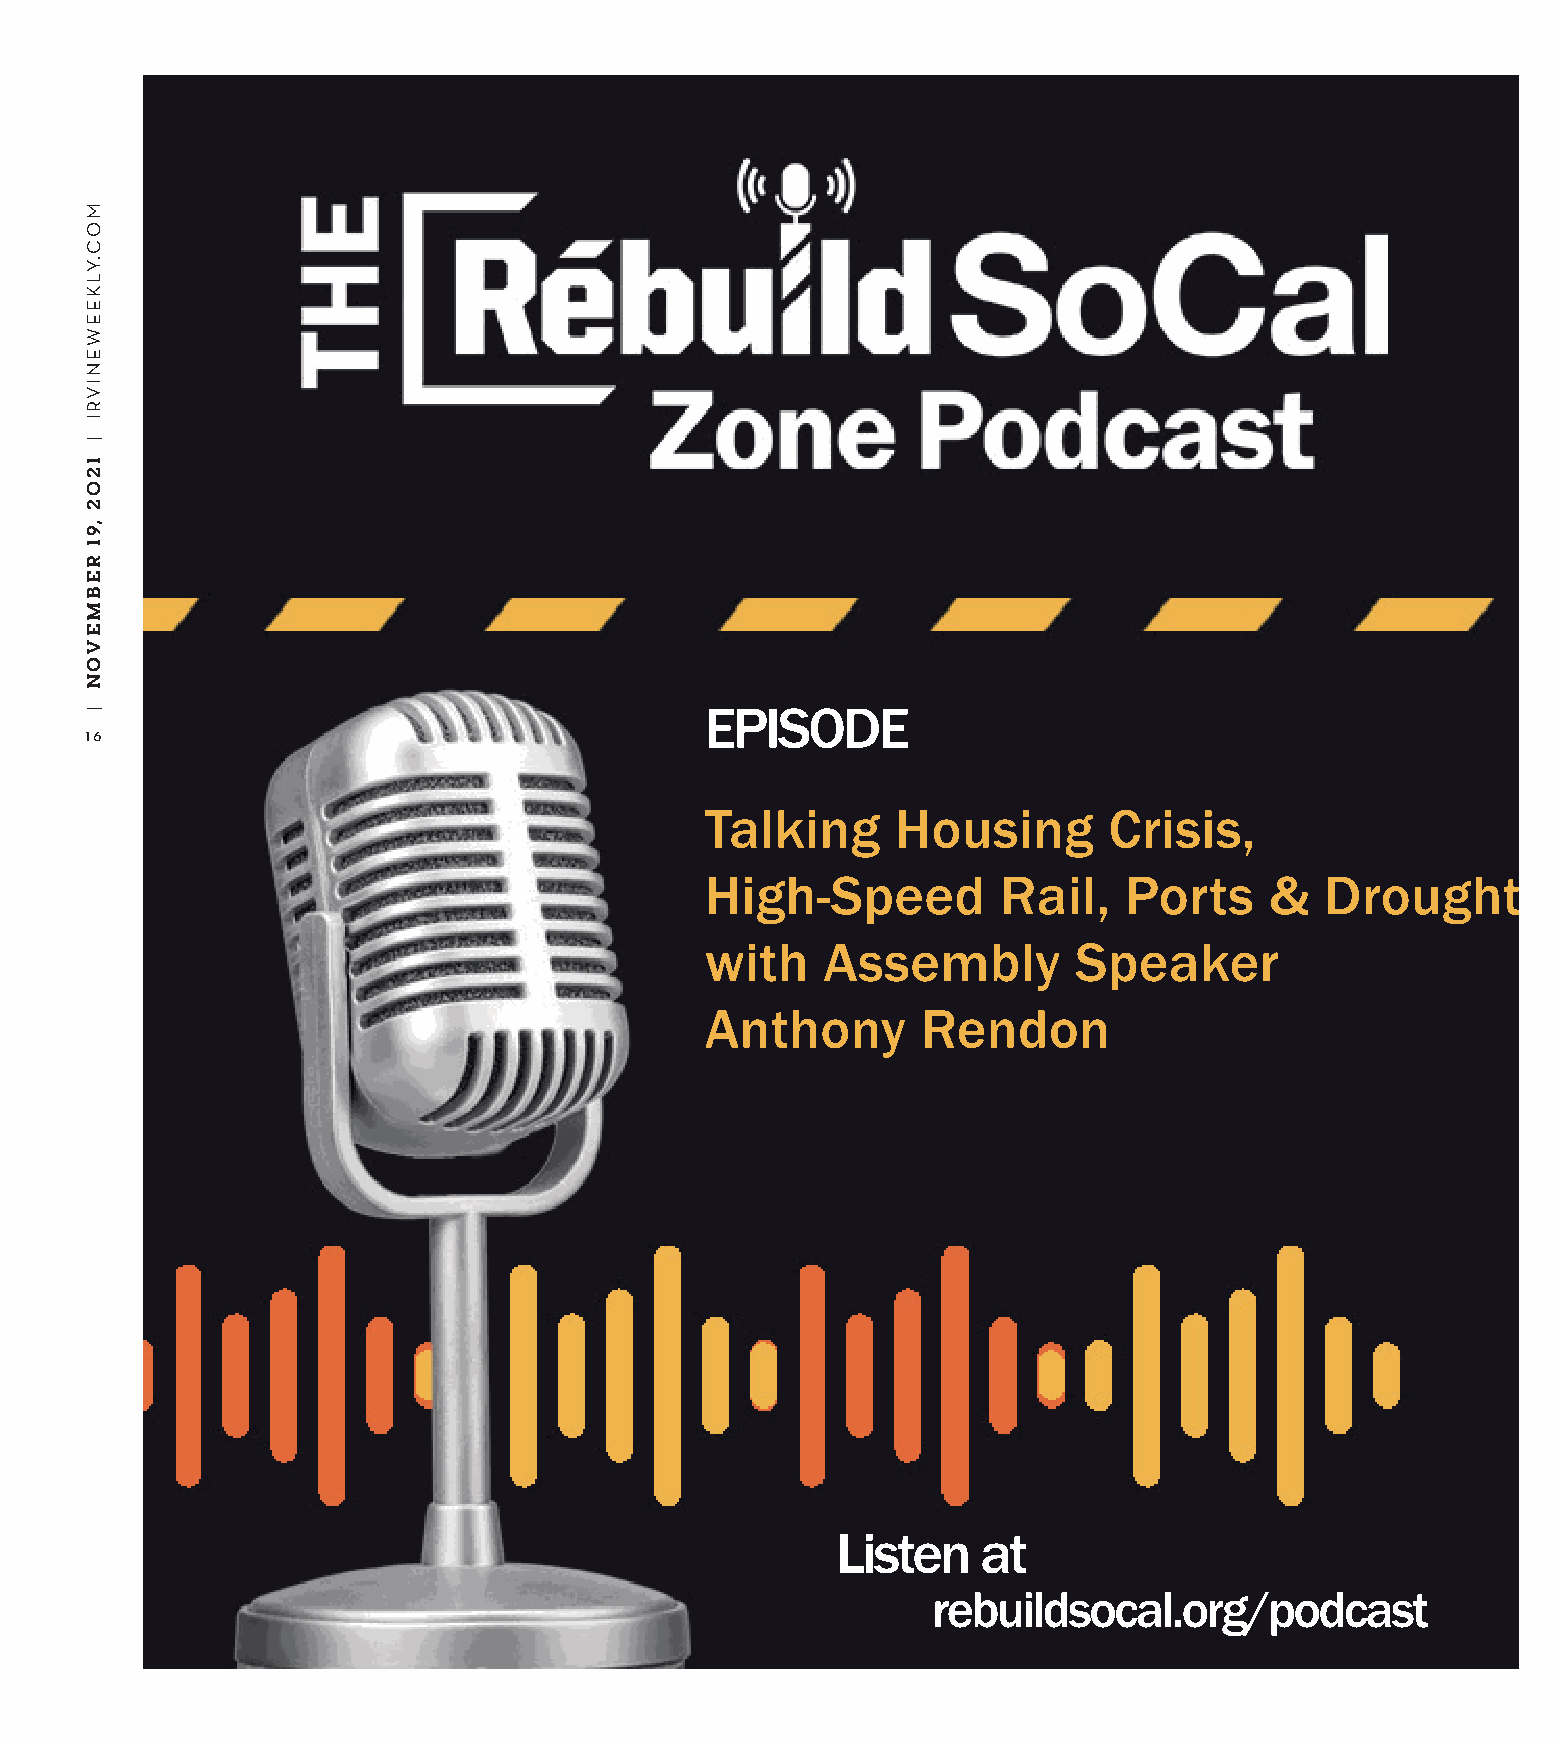
EPISODE
 16
 Talking     Housing       Crisis,
 High-Speed         Rail,   Ports     &   Drought
 with    Assembly        Speaker
 Anthony       Rendon
 Listen    at
 rebuildsocal.org/podcast
 MOC.YLKEEWENIVRI
 |
 1202
 ,91
 REBMEVON
 |